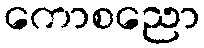
ကောစညော